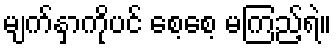
မျက်နှာကိုပင် စေ့စေ့ မကြည့်ရဲ။